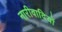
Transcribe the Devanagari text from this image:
नारीवादियों